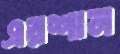
এরশান